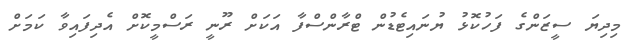
މިދިޔަ ސީޒަންގެ ފަހުކޮޅު ޔުނައިޓެޑުން ޓްރާންސްފާ އަކަށް ރޫނީ ރަސްމީކޮށް އެދިފައިވާ ކަމަށް